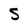
Character: S